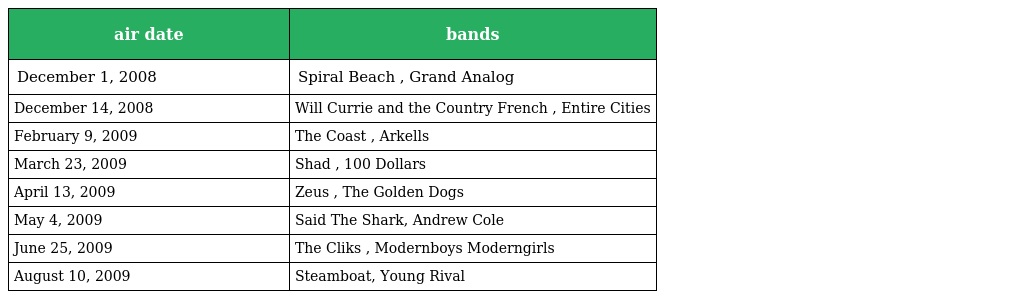
| air date | bands |
 | --- | --- |
 | December 1, 2008 | Spiral Beach , Grand Analog |
 | December 14, 2008 | Will Currie and the Country French , Entire Cities |
 | February 9, 2009 | The Coast , Arkells |
 | March 23, 2009 | Shad , 100 Dollars |
 | April 13, 2009 | Zeus , The Golden Dogs |
 | May 4, 2009 | Said The Shark, Andrew Cole |
 | June 25, 2009 | The Cliks , Modernboys Moderngirls |
 | August 10, 2009 | Steamboat, Young Rival |